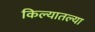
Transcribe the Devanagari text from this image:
किल्यातल्या